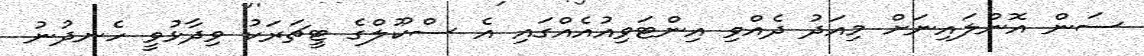
ސަން އޮންލައިނަށް މިއަދު ދެއްވި އިންޓަވިއުއެއްގައި އެ ސްކޫލްގެ ޓީޗަރަކު ވިދާޅުވީ ހެނދުނު